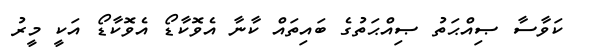
ކަވާސާ ޞިއްޙަތު ޞިއްޙަތުގެ ބައިތައް ކާނާ އެވޮކާޑޯ އެވޮކާޑޯ އަކީ މީރު